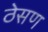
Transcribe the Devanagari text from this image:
ठेसण